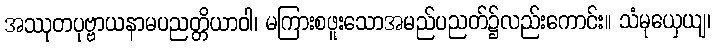
အဿုတပုဗ္ဗာယနာမပညတ္တိယာဝါ၊ မကြားစဖူးသောအမည်ပညတ်၌လည်းကောင်း။ သံမုယှေယျ၊